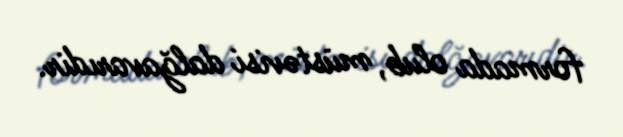
formada olub, müstəvisi dalğavarıdir.